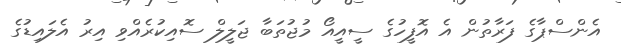
އެންސްޕާގެ ފަރާތުން އެ އޮފީހުގެ ސީއީއޯ މުޖުތަބާ ޖަލީލް ސޮއިކުރެއްވި އިރު އެލައިޑުގެ